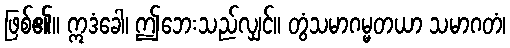
ဖြစ်၏။ ဣဒံခေါ၊ ဤဘေးသည်လျှင်။ တွံသမာဂမ္မတယာ သမာဂတံ၊